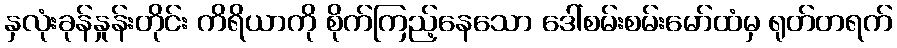
နှလုံးခုန်နှုန်းတိုင်း ကိရိယာကို စိုက်ကြည့်နေသော ဒေါ်စမ်းစမ်းမော်ထံမှ ရုတ်တရက်